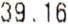
39.16